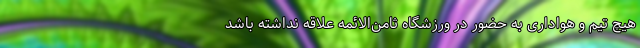
هیچ تیم و هواداری به حضور در ورزشگاه ثامن‌الائمه علاقه نداشته باشد